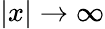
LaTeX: |x|\rightarrow\infty